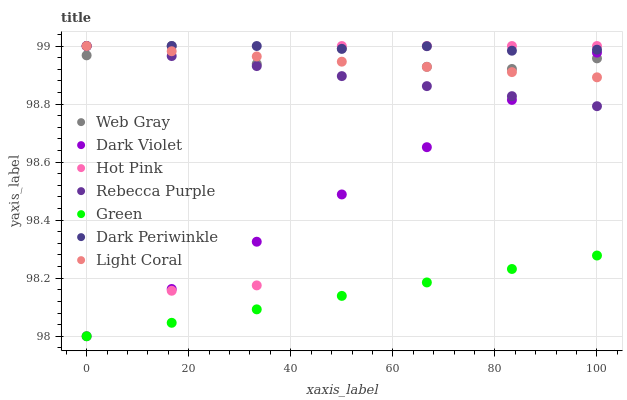
| xaxis_label | Web Gray | Dark Violet | Hot Pink | Rebecca Purple | Green | Dark Periwinkle | Light Coral |
 | --- | --- | --- | --- | --- | --- | --- | --- |
 | 0 | 99 | 98 | 99 | 99 | 98 | 99 | 99 |
 | 16.7 | 99 | 98.2 | 98.2 | 99 | 98 | 99 | 99 |
 | 33.3 | 98.9 | 98.3 | 98.2 | 98.9 | 98.1 | 99 | 99 |
 | 50 | 99 | 98.5 | 99 | 98.9 | 98.1 | 99 | 98.9 |
 | 66.7 | 98.9 | 98.7 | 99 | 98.9 | 98.2 | 99 | 98.9 |
 | 83.3 | 98.9 | 98.8 | 99 | 98.8 | 98.2 | 99 | 98.9 |
 | 100 | 99 | 99 | 99 | 98.8 | 98.3 | 99 | 98.9 |